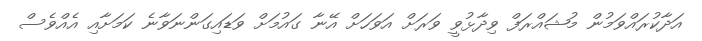
އަދާކުރައްވަމުން މުޝައްރަފް ވިދާޅުވީ ވަރަށް އަވަހަށް އޭނާ ގައުމަށް ވަޑައިގަންނަވާނެ ކަމަށާއި އެއްވެސް